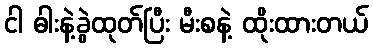
ငါ ဓါးနဲ့ခွဲထုတ်ပြီး မီးစနဲ့ ထိုးထားတယ်